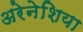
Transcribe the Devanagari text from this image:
अरेनेशिया